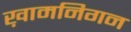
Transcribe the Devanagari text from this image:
ख़ामनिगन